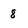
Character: 8